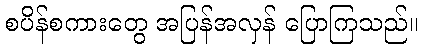
စပိန်စကားတွေ အပြန်အလှန် ပြောကြသည်။